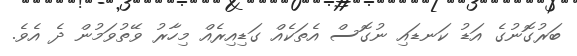
ބަރުގޮނުގެ އަޑު ކަނޑައި ނުގޮސް އެތަކެއް ގަޑިއިރެއް މިހާރު ވޭތުވަމުން ދެ އެވެ.